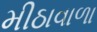
મીઠાવાળા